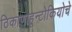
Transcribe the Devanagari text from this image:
ठिकाणाहून्टोकियोचे